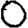
Digit: 0